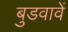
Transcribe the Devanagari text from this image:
बुडवावें